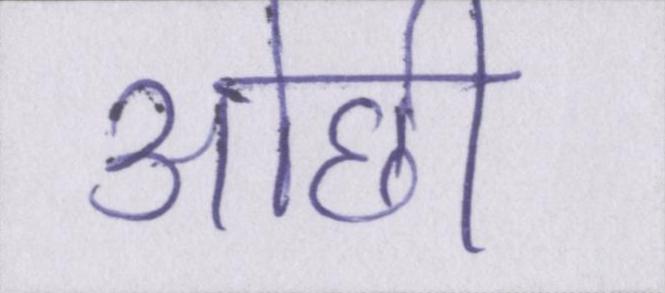
ओछी